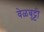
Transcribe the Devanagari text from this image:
वेळबुट्टी